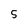
Character: 5